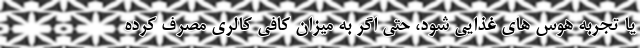
یا تجربه هوس های غذایی شود، حتی اگر به میزان کافی کالری مصرف کرده